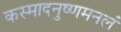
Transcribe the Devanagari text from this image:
कस्मादनुष्णमनलं